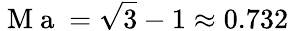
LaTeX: \mathrm{~M~a~}=\sqrt{3}-1\approx 0.732